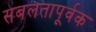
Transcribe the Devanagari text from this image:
सबलतापूर्वक